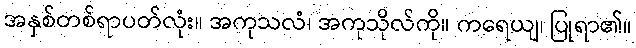
အနှစ်တစ်ရာပတ်လုံး။ အကုသလံ၊ အကုသိုလ်ကို။ ကရေယျ၊ ပြုရာ၏။